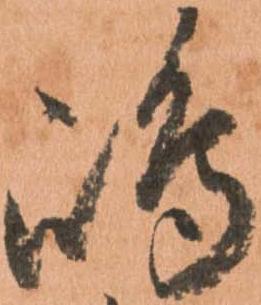
嶋